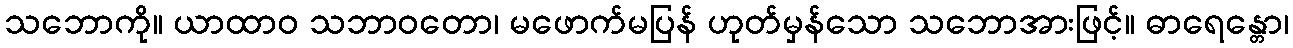
သဘောကို။ ယာထာဝ သဘာဝတော၊ မဖောက်မပြန် ဟုတ်မှန်သော သဘောအားဖြင့်။ ဓာရေန္တော၊